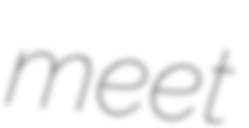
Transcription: meet